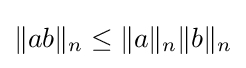
\|ab\|_{n}\leq \|a\|_{n}\|b\|_{n}